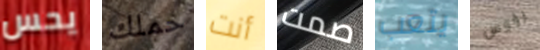
يحس حملك أنت صمت يتعب رؤوس